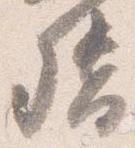
督